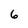
Character: 6